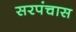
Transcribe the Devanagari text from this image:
सरपंचास